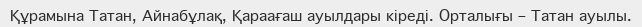
Құрамына Татан, Айнабұлақ, Қараағаш ауылдары кіреді. Орталығы – Татан ауылы.